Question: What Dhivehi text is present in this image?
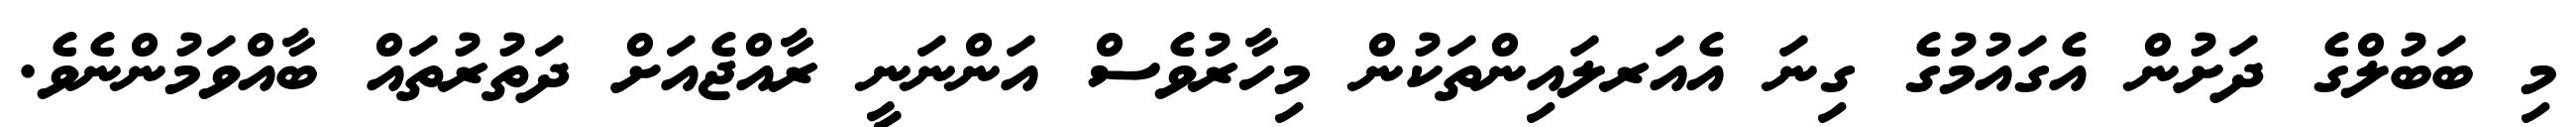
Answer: މި ބަބުލްގެ ދަށުން އެގައުމުގެ ގިނަ އެއަރލައިންތަކުން މިހާރުވެސް އަންނަނީ ރާއްޖެއަށް ދަތުރުތައް ބާއްވަމުންނެވެ.